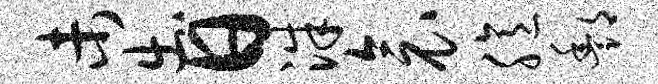
未出日洙衾臆酆